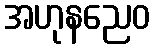
အဟုနညေဝ